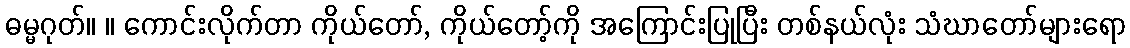
ဓမ္မဂုတ်။ ။ ကောင်းလိုက်တာ ကိုယ်တော်, ကိုယ်တော့်ကို အကြောင်းပြုပြီး တစ်နယ်လုံး သံဃာတော်များရော